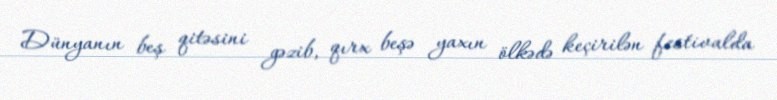
Dünyanın beş qitəsini gəzib, qırx beşə yaxın ölkədə keçirilən festivalda